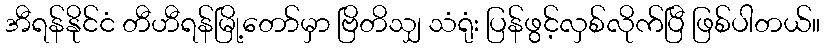
အီရန်နိုင်ငံ တီဟီရန်မြို့တော်မှာ ဗြိတိသျှ သံရုံး ပြန်ဖွင့်လှစ်လိုက်ပြီ ဖြစ်ပါတယ်။